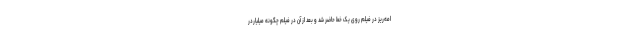
امه‌ریز در فیلم روی یک خط حاضر شد و بعد از آن در فیلم چگونه میلیاردر